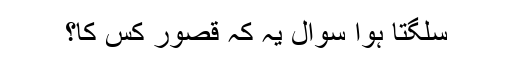
سلگتا ہوا سوال یہ کہ قصور کس کا؟